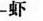
虾